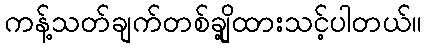
ကန့်သတ်ချက်တစ်ချို့ထားသင့်ပါတယ်။